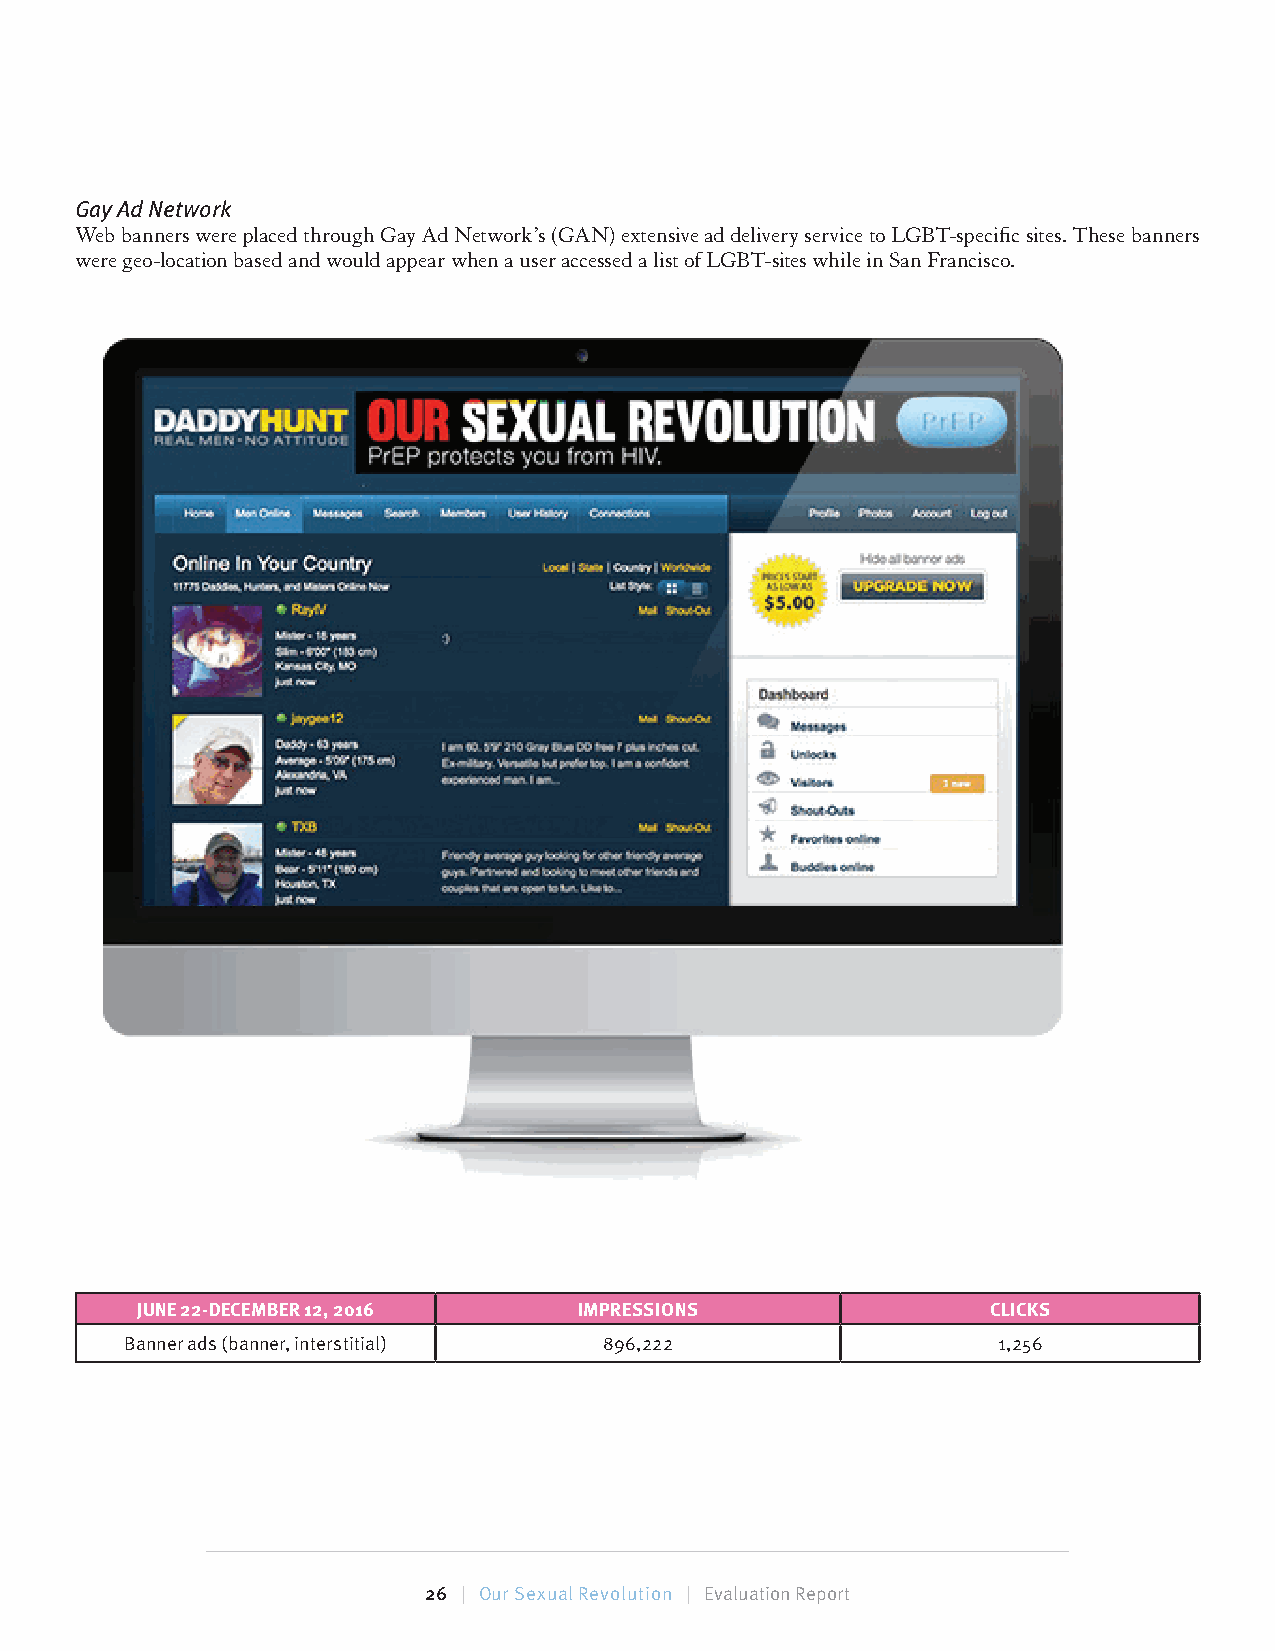
Gay Ad Network
 Web banners were placed through Gay Ad Network’s (GAN) extensive ad delivery service to LGBT-specifi c sites. These banners
 were geo-location based and would appear when a user accessed a list of LGBT-sites while in San Francisco.
 JUNE 22-DECEMBER 12, 2016    IMPRESSIONS                 CLICKS
 Banner ads (banner, interstitial) 896,222                 1,256
 26 | Our Sexual Revolution | Evaluation Report